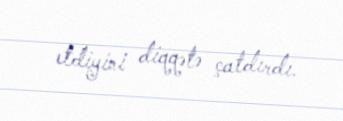
etdiyini diqqətə çatdırdı.